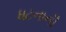
ધટનાની